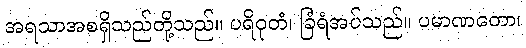
အရသာအစရှိသည်တို့သည်။ ပရိဝုတံ၊ ခြံရံအပ်သည်။ ပမာဏတော၊